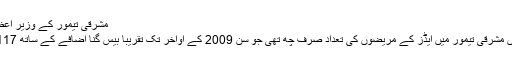
مشرقی تیمور کے وزیر اعظم مسٹر گسماوٴ
سن 2003 میں مشرقی تیمور میں ایڈز کے مریضوں کی تعداد صرف چھ تھی جو سن 2009 کے اواخر تک تقریباً بیس گنا اضافے کے ساتھ 117 ہو چکی تھی۔